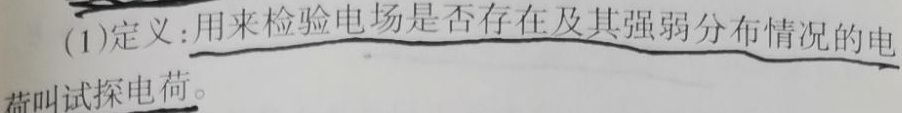
(1)定义：用来检验电场是否存在及其强弱分布情况的电荷叫试探电荷。